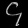
Digit: ၄